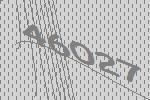
46027